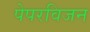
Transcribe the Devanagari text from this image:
पेपरविजन